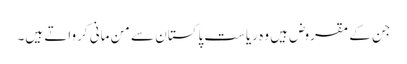
جن کے مقروض ہیں وہ ریاست پاکستان سے من مانی کرواتے ہیں۔